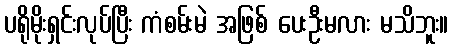
ပရိုမိုးရှင်းလုပ်ပြီး ကံစမ်းမဲ အဖြစ် ပေးဦးမလား မသိဘူး။